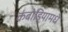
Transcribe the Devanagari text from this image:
कंबोडियामधे